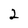
Character: 2